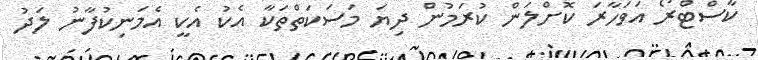
ކާސްޓްރޯ އަވަހާރަ ކޮށްލަން ކުރަމުން ދިޔަ މަސަކަތްތަކާ އެކު އެކީ އެމަނިކުފާނު ލަދު